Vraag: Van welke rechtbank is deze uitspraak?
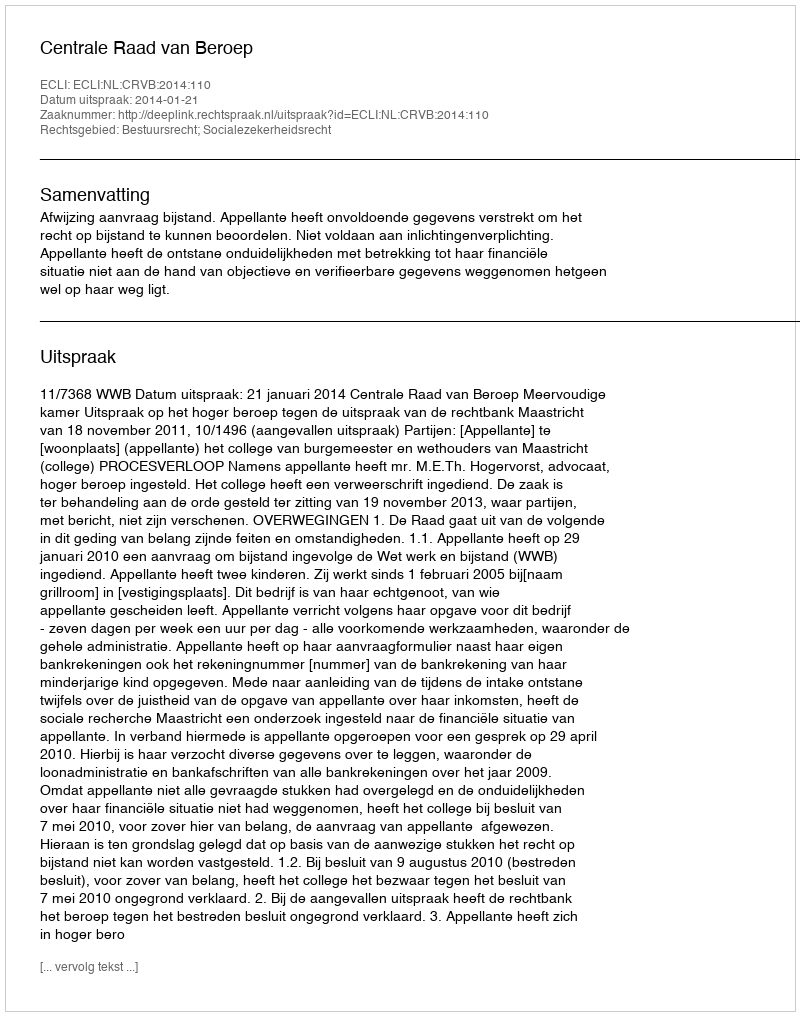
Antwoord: Centrale Raad van Beroep